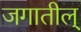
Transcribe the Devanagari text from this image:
जगातील्